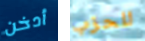
أدخن للحزب